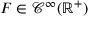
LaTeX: F \in { \mathcal { C } } ^ { \infty } ( \mathbb { R } ^ { + } )